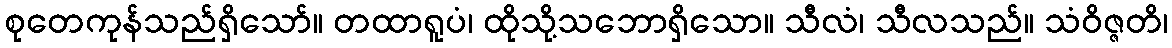
စုတေကုန်သည်ရှိသော်။ တထာရူပံ၊ ထိုသို့သဘောရှိသော။ သီလံ၊ သီလသည်။ သံဝိဇ္ဇတိ၊